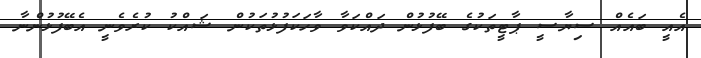
އެއީ ބައެއް ސިޔާސީ ޕާޓީތަކުގެ ބޭފުޅުން ދައްކަވާ ވާހަކަފުޅުތަކުން ޝައްކު ކުރެވެނީ އެބޭފުޅުންނާ